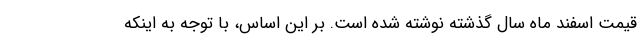
قیمت اسفند ماه سال گذشته نوشته شده است. بر این اساس، با توجه به اینکه